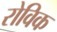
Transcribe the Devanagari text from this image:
रोविक